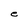
Character: e